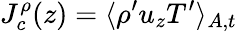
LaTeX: J_{c}^{\rho}(z)=\langle\rho^{\prime}u_{z}T^{\prime}\rangle_{A,t}